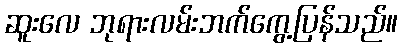
ဆူးလေ ဘုရားလမ်းဘက်ကွေ့ပြန်သည်။